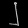
Digit: ၂